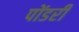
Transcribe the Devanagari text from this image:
पोंडरी